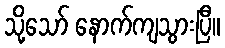
သို့သော် နောက်ကျသွားပြီ။